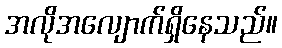
အလိုအလျောက်ရှိနေသည်။